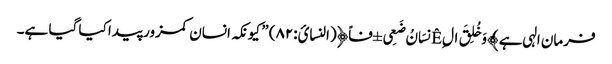
فرمان الہی ہے ﴾وَخُلِقَ ال Êِنسَانُ ضَعِی ±فاً﴿(النسائ:۸۲) ” کیونکہ انسان کمزور پیدا کیا گیا ہے۔